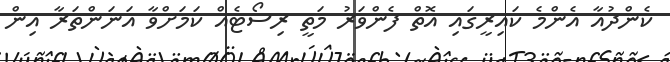
ކެންދުއާ އެންމެ ކައިރީގައި އޮތް ފެންވަރު މަތީ ރިސޯޓެއް ކަމަށްވާ އަނަންތަރާ އިން